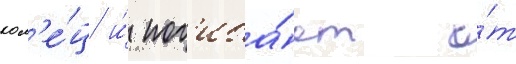
кол'е́ц и́ пог'иба́ет о́т